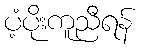
ပံ့ပိုးကူညီရန်